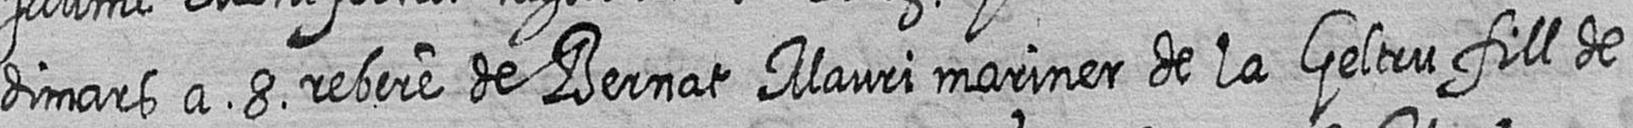
dimars a 8 rebere de Bernat Mauri mariner de la Geltru fill de